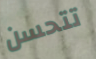
تتحسن